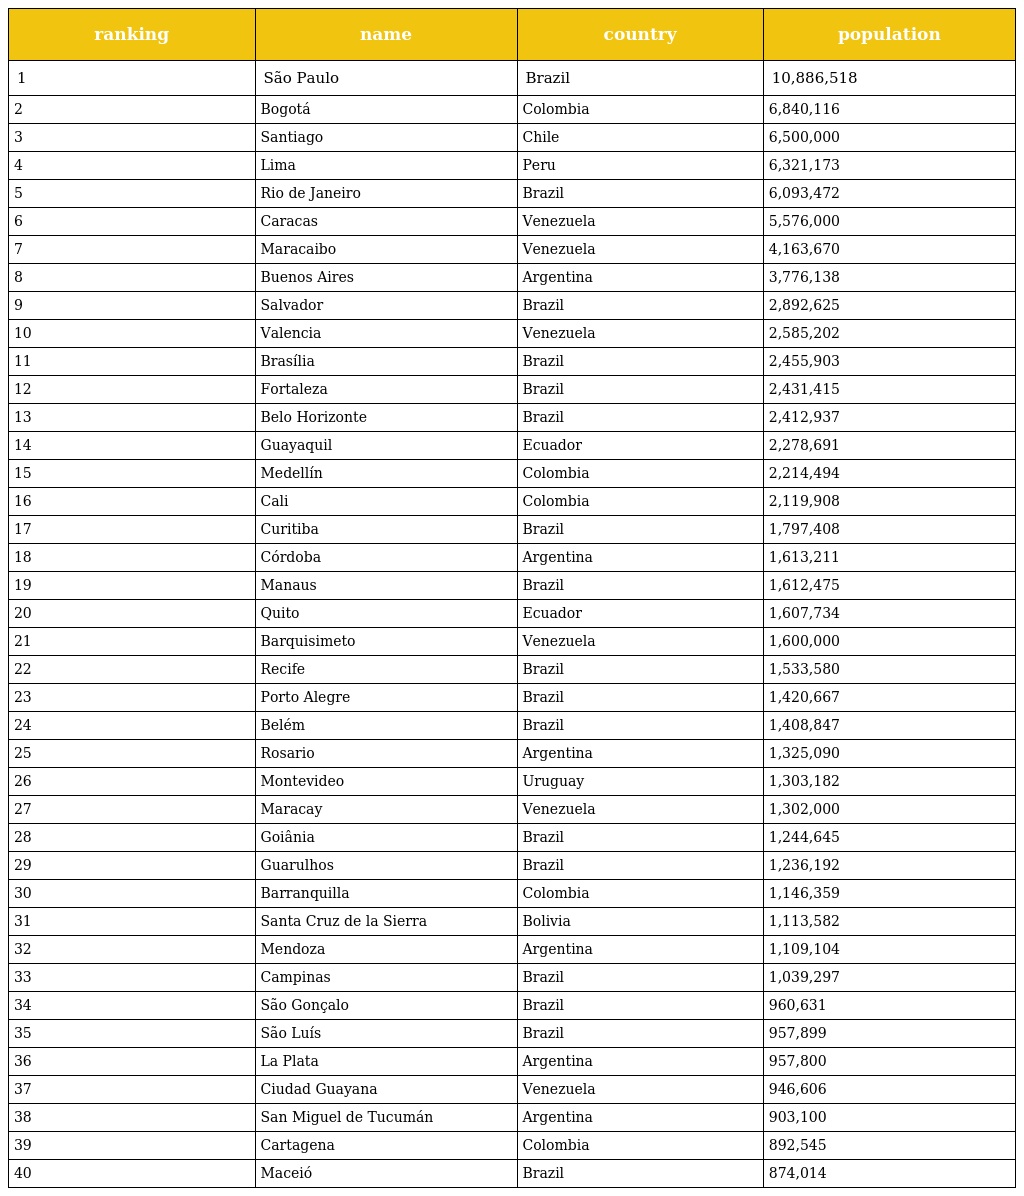
| ranking | name | country | population |
 | --- | --- | --- | --- |
 | 1 | São Paulo | Brazil | 10,886,518 |
 | 2 | Bogotá | Colombia | 6,840,116 |
 | 3 | Santiago | Chile | 6,500,000 |
 | 4 | Lima | Peru | 6,321,173 |
 | 5 | Rio de Janeiro | Brazil | 6,093,472 |
 | 6 | Caracas | Venezuela | 5,576,000 |
 | 7 | Maracaibo | Venezuela | 4,163,670 |
 | 8 | Buenos Aires | Argentina | 3,776,138 |
 | 9 | Salvador | Brazil | 2,892,625 |
 | 10 | Valencia | Venezuela | 2,585,202 |
 | 11 | Brasília | Brazil | 2,455,903 |
 | 12 | Fortaleza | Brazil | 2,431,415 |
 | 13 | Belo Horizonte | Brazil | 2,412,937 |
 | 14 | Guayaquil | Ecuador | 2,278,691 |
 | 15 | Medellín | Colombia | 2,214,494 |
 | 16 | Cali | Colombia | 2,119,908 |
 | 17 | Curitiba | Brazil | 1,797,408 |
 | 18 | Córdoba | Argentina | 1,613,211 |
 | 19 | Manaus | Brazil | 1,612,475 |
 | 20 | Quito | Ecuador | 1,607,734 |
 | 21 | Barquisimeto | Venezuela | 1,600,000 |
 | 22 | Recife | Brazil | 1,533,580 |
 | 23 | Porto Alegre | Brazil | 1,420,667 |
 | 24 | Belém | Brazil | 1,408,847 |
 | 25 | Rosario | Argentina | 1,325,090 |
 | 26 | Montevideo | Uruguay | 1,303,182 |
 | 27 | Maracay | Venezuela | 1,302,000 |
 | 28 | Goiânia | Brazil | 1,244,645 |
 | 29 | Guarulhos | Brazil | 1,236,192 |
 | 30 | Barranquilla | Colombia | 1,146,359 |
 | 31 | Santa Cruz de la Sierra | Bolivia | 1,113,582 |
 | 32 | Mendoza | Argentina | 1,109,104 |
 | 33 | Campinas | Brazil | 1,039,297 |
 | 34 | São Gonçalo | Brazil | 960,631 |
 | 35 | São Luís | Brazil | 957,899 |
 | 36 | La Plata | Argentina | 957,800 |
 | 37 | Ciudad Guayana | Venezuela | 946,606 |
 | 38 | San Miguel de Tucumán | Argentina | 903,100 |
 | 39 | Cartagena | Colombia | 892,545 |
 | 40 | Maceió | Brazil | 874,014 |